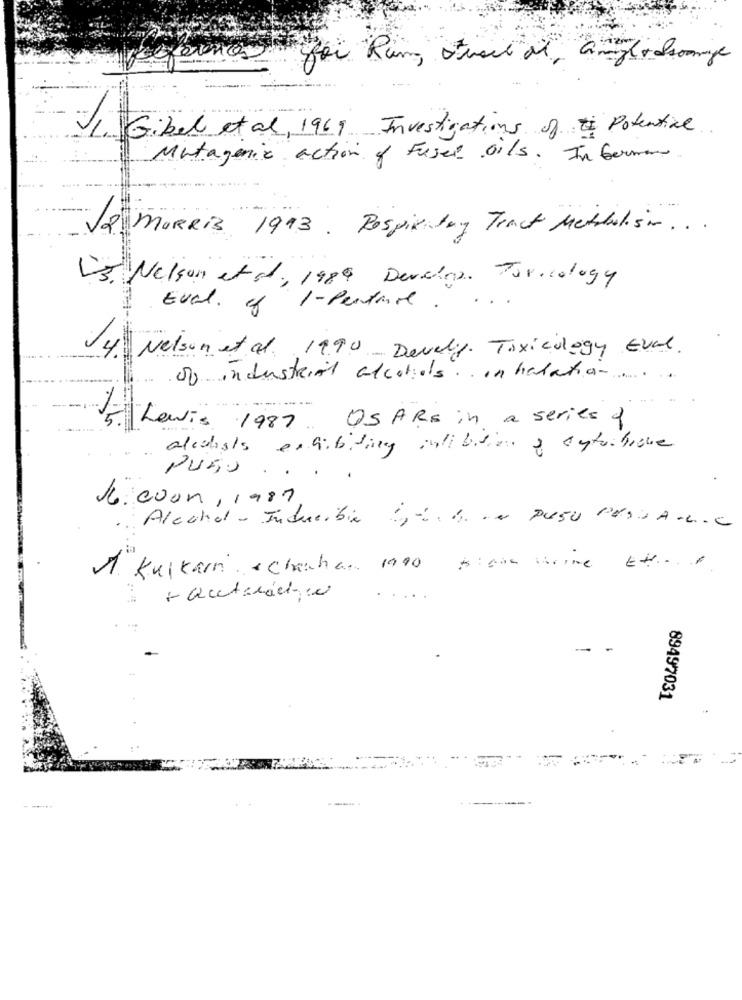
1. Gibel et al, 1969 Investigations of Potential
Mutagenic action of Fused oils. In German.
2. MORRIS 1993. Respiratory Tract Methalism ...
13. Nelson etal, 1989 Develop. Toxicology
...
Eval. of 1 - Pendante.
14. Nelson et al. 19.90 Devely Toxicology Eval
of industrial alcohols. Inhalation ...
Levis 1987 USARs in a series f
alcubials exhibiting inlillian & cytochiare
PUSS ..
J. coon , 1987
Alechal - Inducible
GUNG - PUSU PASSA.L.C
1 Kulkarni . chechan 1900
89497031